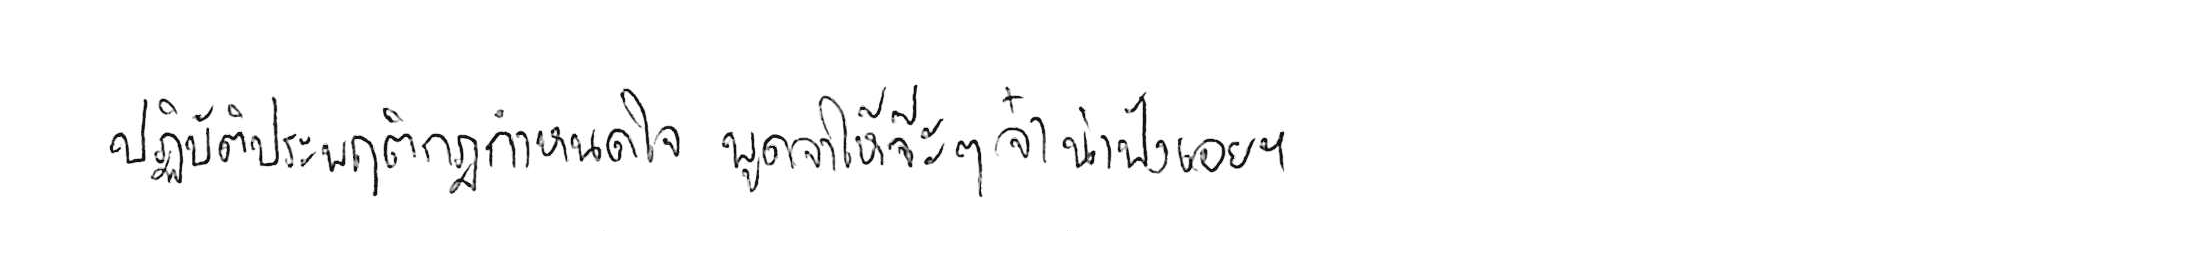
ปฏิบัติประพฤติกฎกำหนดใจ พูดจาให้จ๊ะๆ จ๋า น่าฟังเอยฯ